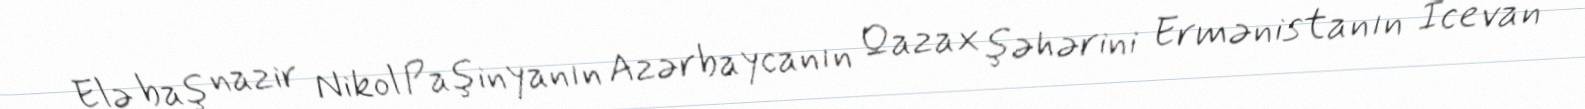
Elə baş nazir Nikol Paşinyanın Azərbaycanın Qazax şəhərini Ermənistanın İcevan